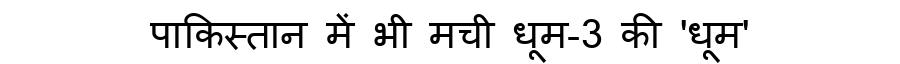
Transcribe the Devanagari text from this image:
पाकिस्तान में भी मची धूम-3 की 'धूम'